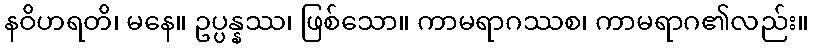
နဝိဟရတိ၊ မနေ။ ဥပ္ပန္နဿ၊ ဖြစ်သော။ ကာမရာဂဿစ၊ ကာမရာဂ၏လည်း။